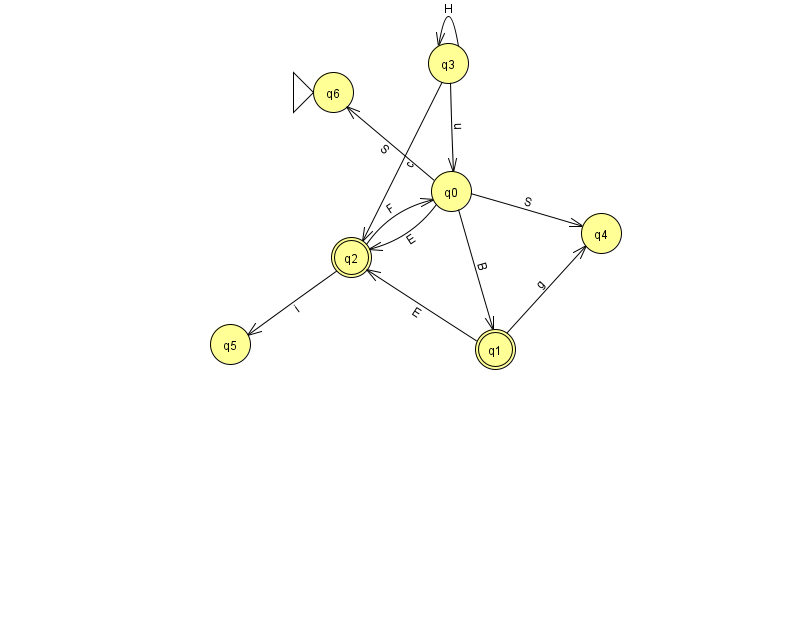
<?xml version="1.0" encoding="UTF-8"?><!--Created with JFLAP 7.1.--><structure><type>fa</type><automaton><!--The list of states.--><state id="0" name="q0"><x>451.0</x><y>178.0</y></state><state id="1" name="q1"><x>495.0</x><y>336.0</y><final/></state><state id="2" name="q2"><x>351.0</x><y>244.0</y><final/></state><state id="3" name="q3"><x>448.0</x><y>50.0</y></state><state id="4" name="q4"><x>601.0</x><y>220.0</y></state><state id="5" name="q5"><x>230.0</x><y>331.0</y></state><state id="6" name="q6"><x>333.0</x><y>79.0</y><initial/></state><!--The list of transitions.--><transition><from>0</from><to>2</to><read>E</read></transition><transition><from>0</from><to>6</to><read>S</read></transition><transition><from>2</from><to>0</to><read>F</read></transition><transition><from>3</from><to>0</to><read>u</read></transition><transition><from>1</from><to>4</to><read>g</read></transition><transition><from>3</from><to>2</to><read>c</read></transition><transition><from>3</from><to>3</to><read>H</read></transition><transition><from>1</from><to>2</to><read>E</read></transition><transition><from>0</from><to>1</to><read>B</read></transition><transition><from>0</from><to>4</to><read>S</read></transition><transition><from>2</from><to>5</to><read>i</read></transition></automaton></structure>